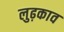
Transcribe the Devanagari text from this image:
लुढ़काव